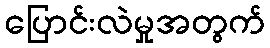
ပြောင်းလဲမှုအတွက်